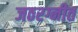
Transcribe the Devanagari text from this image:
जठरग्नीत